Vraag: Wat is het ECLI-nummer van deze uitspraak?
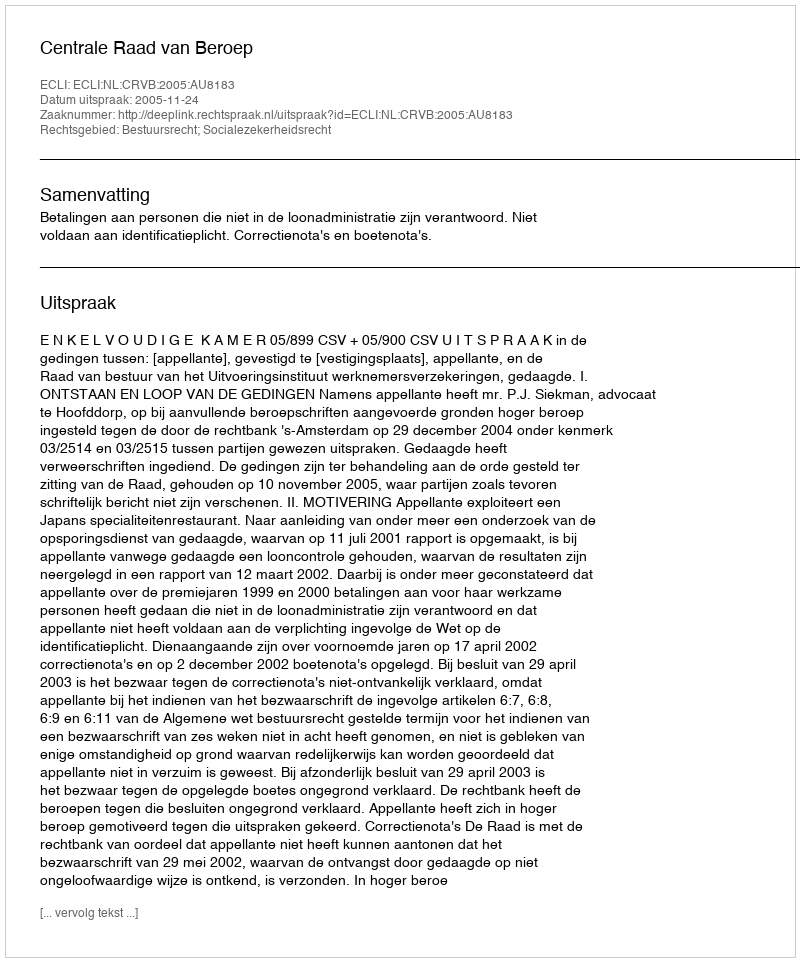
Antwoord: ECLI:NL:CRVB:2005:AU8183